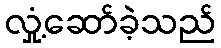
လှုံ့ဆော်ခဲ့သည်